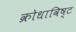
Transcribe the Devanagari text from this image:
क्रोधाविष्ट